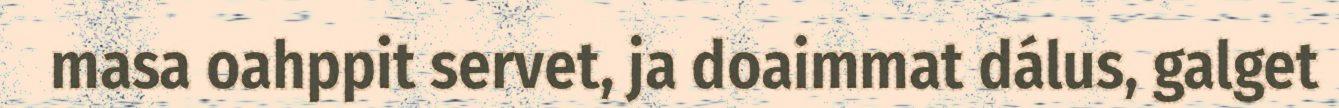
masa oahppit servet, ja doaimmat dálus, galget